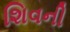
શિવની